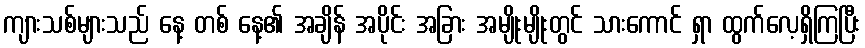
ကျားသစ်များသည် နေ့ တစ် နေ့၏ အချိန် အပိုင်း အခြား အမျိုးမျိုးတွင် သားကောင် ရှာ ထွက်လေ့ရှိကြပြီး